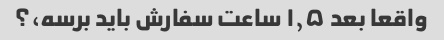
واقعا بعد ۱٫۵ ساعت سفارش باید برسه،؟